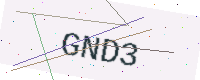
Text: GND3